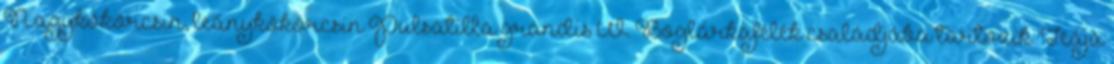
Nagykökörcsin, leánykökörcsin Pulsatilla grandis W. Boglárkafélék családjába tartozik. Teája